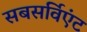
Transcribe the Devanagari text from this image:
सबसर्विएंट